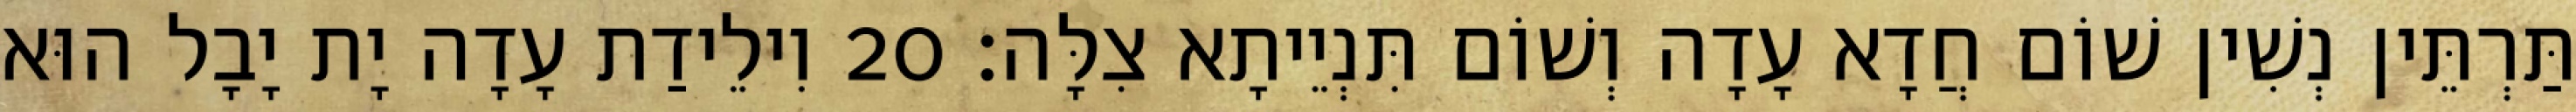
תַּרְתֵּין נְשִׁין שׁוֹם חֲדָא עָדָה וְשׁוֹם תִּנְיֵיתָא צִלָּה׃ 20 וִילֵידַת עָדָה יָת יָבָל הוּא